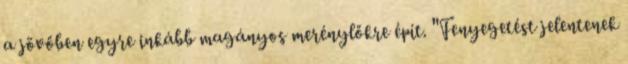
a jövőben egyre inkább magányos merénylőkre épít. "Fenyegetést jelentenek